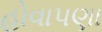
હોવાપણા